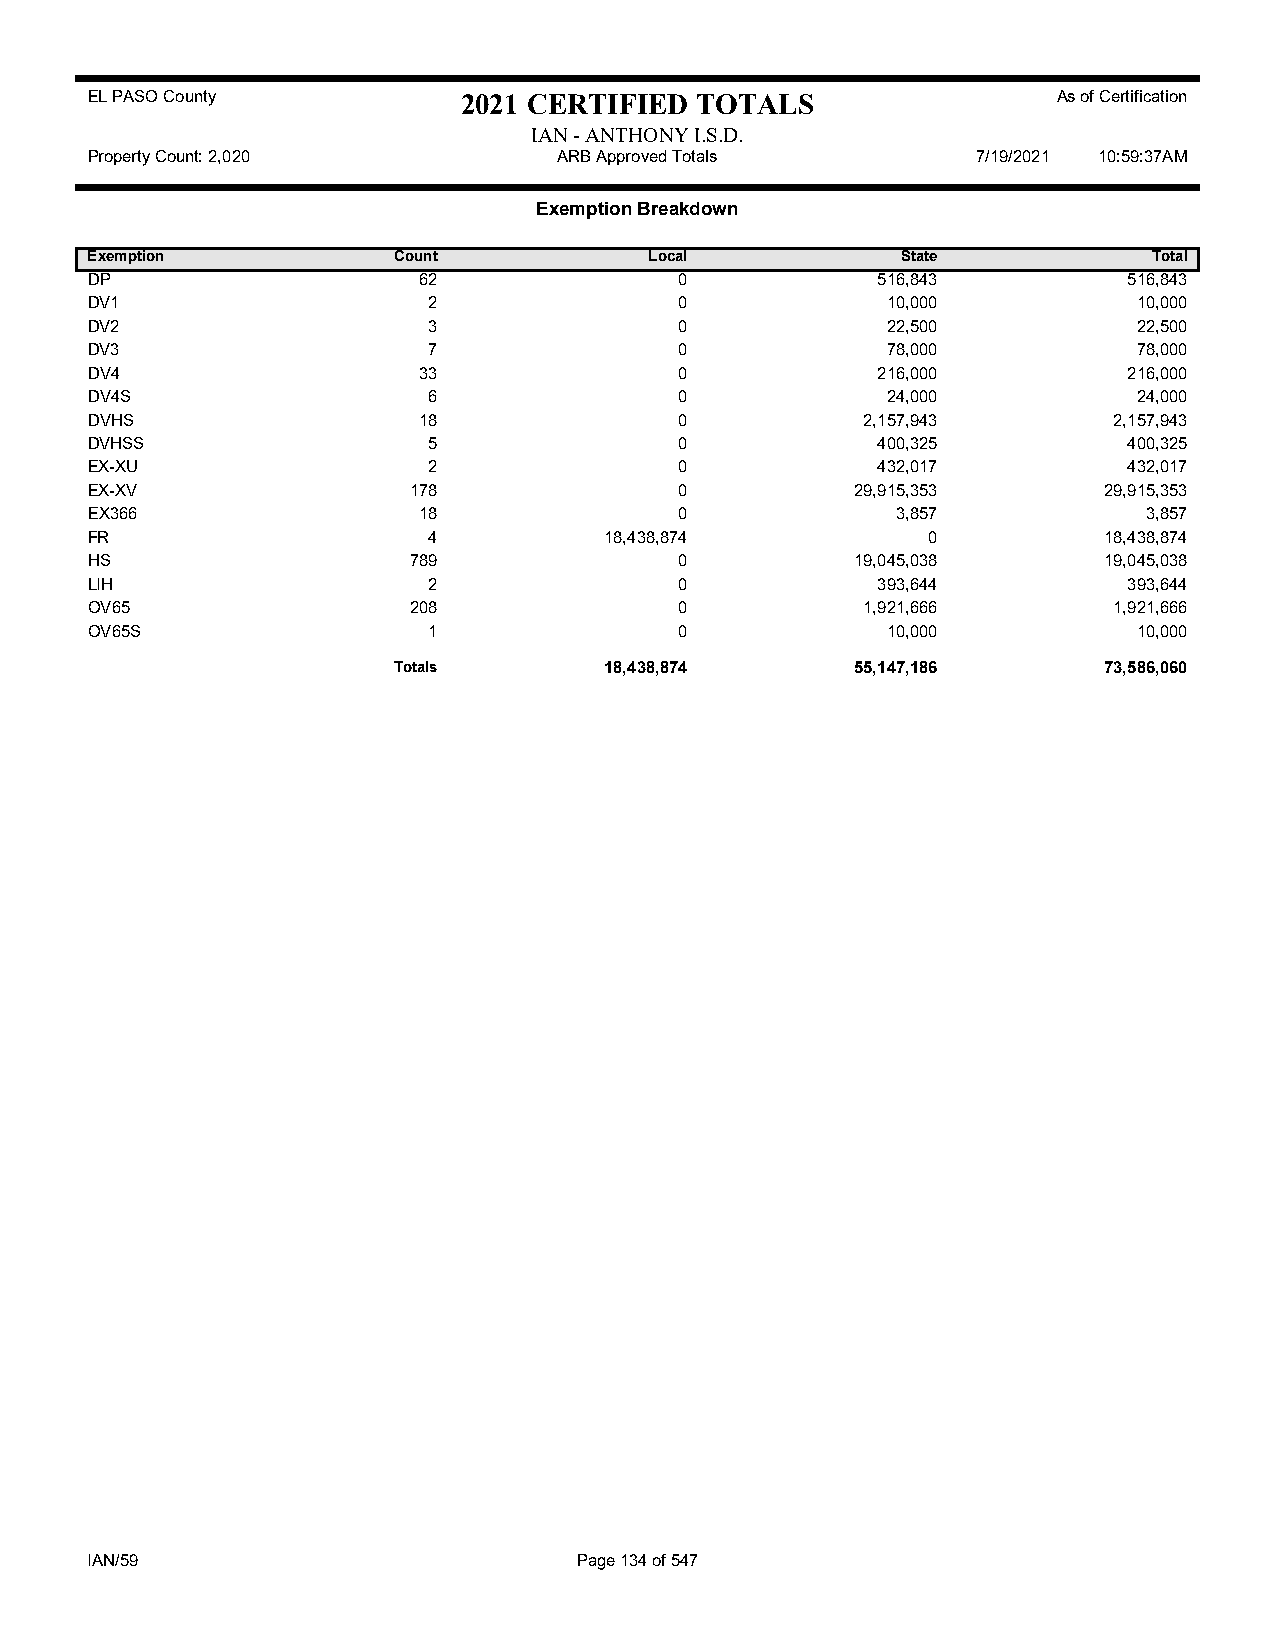
EL PASO County           2021 CERTIFIED TOTALS                  As of Certification
 IAN - ANTHONY I.S.D.
 Property Count: 2,020          ARB Approved Totals         7/19/2021 10:59:37AM
 Exemption Breakdown
 Exemption           Count            Local            State           Total
 DP                    62               0            516,843          516,843
 DV1                   2                0             10,000          10,000
 DV2                   3                0             22,500          22,500
 DV3                   7                0             78,000          78,000
 DV4                   33               0            216,000          216,000
 DV4S                  6                0             24,000          24,000
 DVHS                  18               0           2,157,943        2,157,943
 DVHSS                 5                0            400,325          400,325
 EX-XU                 2                0            432,017          432,017
 EX-XV                178               0           29,915,353      29,915,353
 EX366                 18               0             3,857            3,857
 FR                    4           18,438,874           0           18,438,874
 HS                   789               0           19,045,038      19,045,038
 LIH                   2                0            393,644          393,644
 OV65                 208               0           1,921,666        1,921,666
 OV65S                 1                0             10,000          10,000
 Totals        18,438,874       55,147,186      73,586,060
 IAN/59                          Page 134 of 547